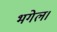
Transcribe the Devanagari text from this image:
भगेल।